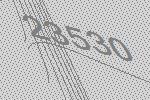
23530